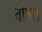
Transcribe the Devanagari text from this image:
तोषावें